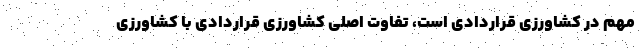
مهم در کشاورزی قراردادی است، تفاوت اصلی کشاورزی قراردادی با کشاورزی